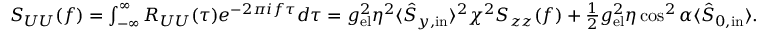
\begin{array} { r } { S _ { U U } ( f ) = \int _ { - \infty } ^ { \infty } R _ { U U } ( \tau ) e ^ { - 2 \pi i f \tau } d \tau = g _ { \mathrm { e l } } ^ { 2 } \eta ^ { 2 } \langle \hat { S } _ { y , \mathrm { i n } } \rangle ^ { 2 } \chi ^ { 2 } S _ { z z } ( f ) + \frac { 1 } { 2 } g _ { \mathrm { e l } } ^ { 2 } \eta \cos ^ { 2 } \alpha \langle \hat { S } _ { 0 , \mathrm { i n } } \rangle . } \end{array}